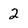
Character: 2